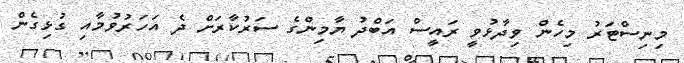
މިނިސްޓަރު މިހެން ވިދާޅުވީ ރައީސް އަބްދު ޔާމިންގެ ސަރުކާރަށް ދެ އަހަރުވުމާއި ގުޅިގެން